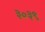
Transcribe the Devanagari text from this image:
३०३९